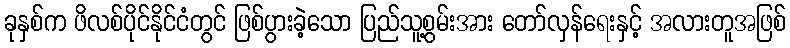
ခုနှစ်က ဖိလစ်ပိုင်နိုင်ငံတွင် ဖြစ်ပွားခဲ့သော ပြည်သူ့စွမ်းအား တော်လှန်ရေးနှင့် အလားတူအဖြစ်